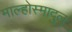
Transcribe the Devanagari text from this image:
माल्होस्मादुलू